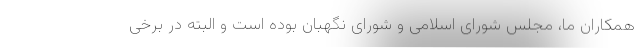
همکاران ما، مجلس شورای اسلامی و شورای نگهبان بوده است و البته در برخی